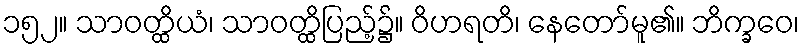
၁၅၂။ သာဝတ္ထိယံ၊ သာဝတ္ထိပြည့်၌။ ဝိဟရတိ၊ နေတော်မူ၏။ ဘိက္ခဝေ၊